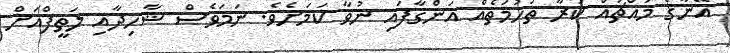
އޭނާގެ މައްޗައް ކުރާ ތުހުމަތެއް އަންގާފައި ނުވާ ކަމަށެވެ. ނަމަވެސް ޝާހިދާއި ލަތީފްއަށް